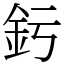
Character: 釫